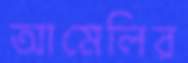
আমেলির